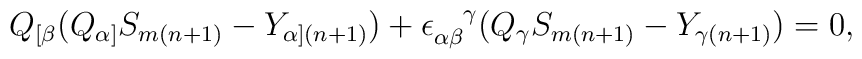
Q_{[\beta} (Q_{\alpha]} S_{m(n + 1)} - Y_{\alpha](n + 1)} ) +\epsilon_{\alpha\beta}^{~~~\!\gamma} (Q_\gamma S_{m(n + 1)} - Y_{\gamma(n + 1)} ) = 0,